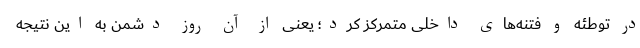
در توطئه و فتنه‌های داخلی متمرکز کرد؛ یعنی از آن روز دشمن به این نتیجه